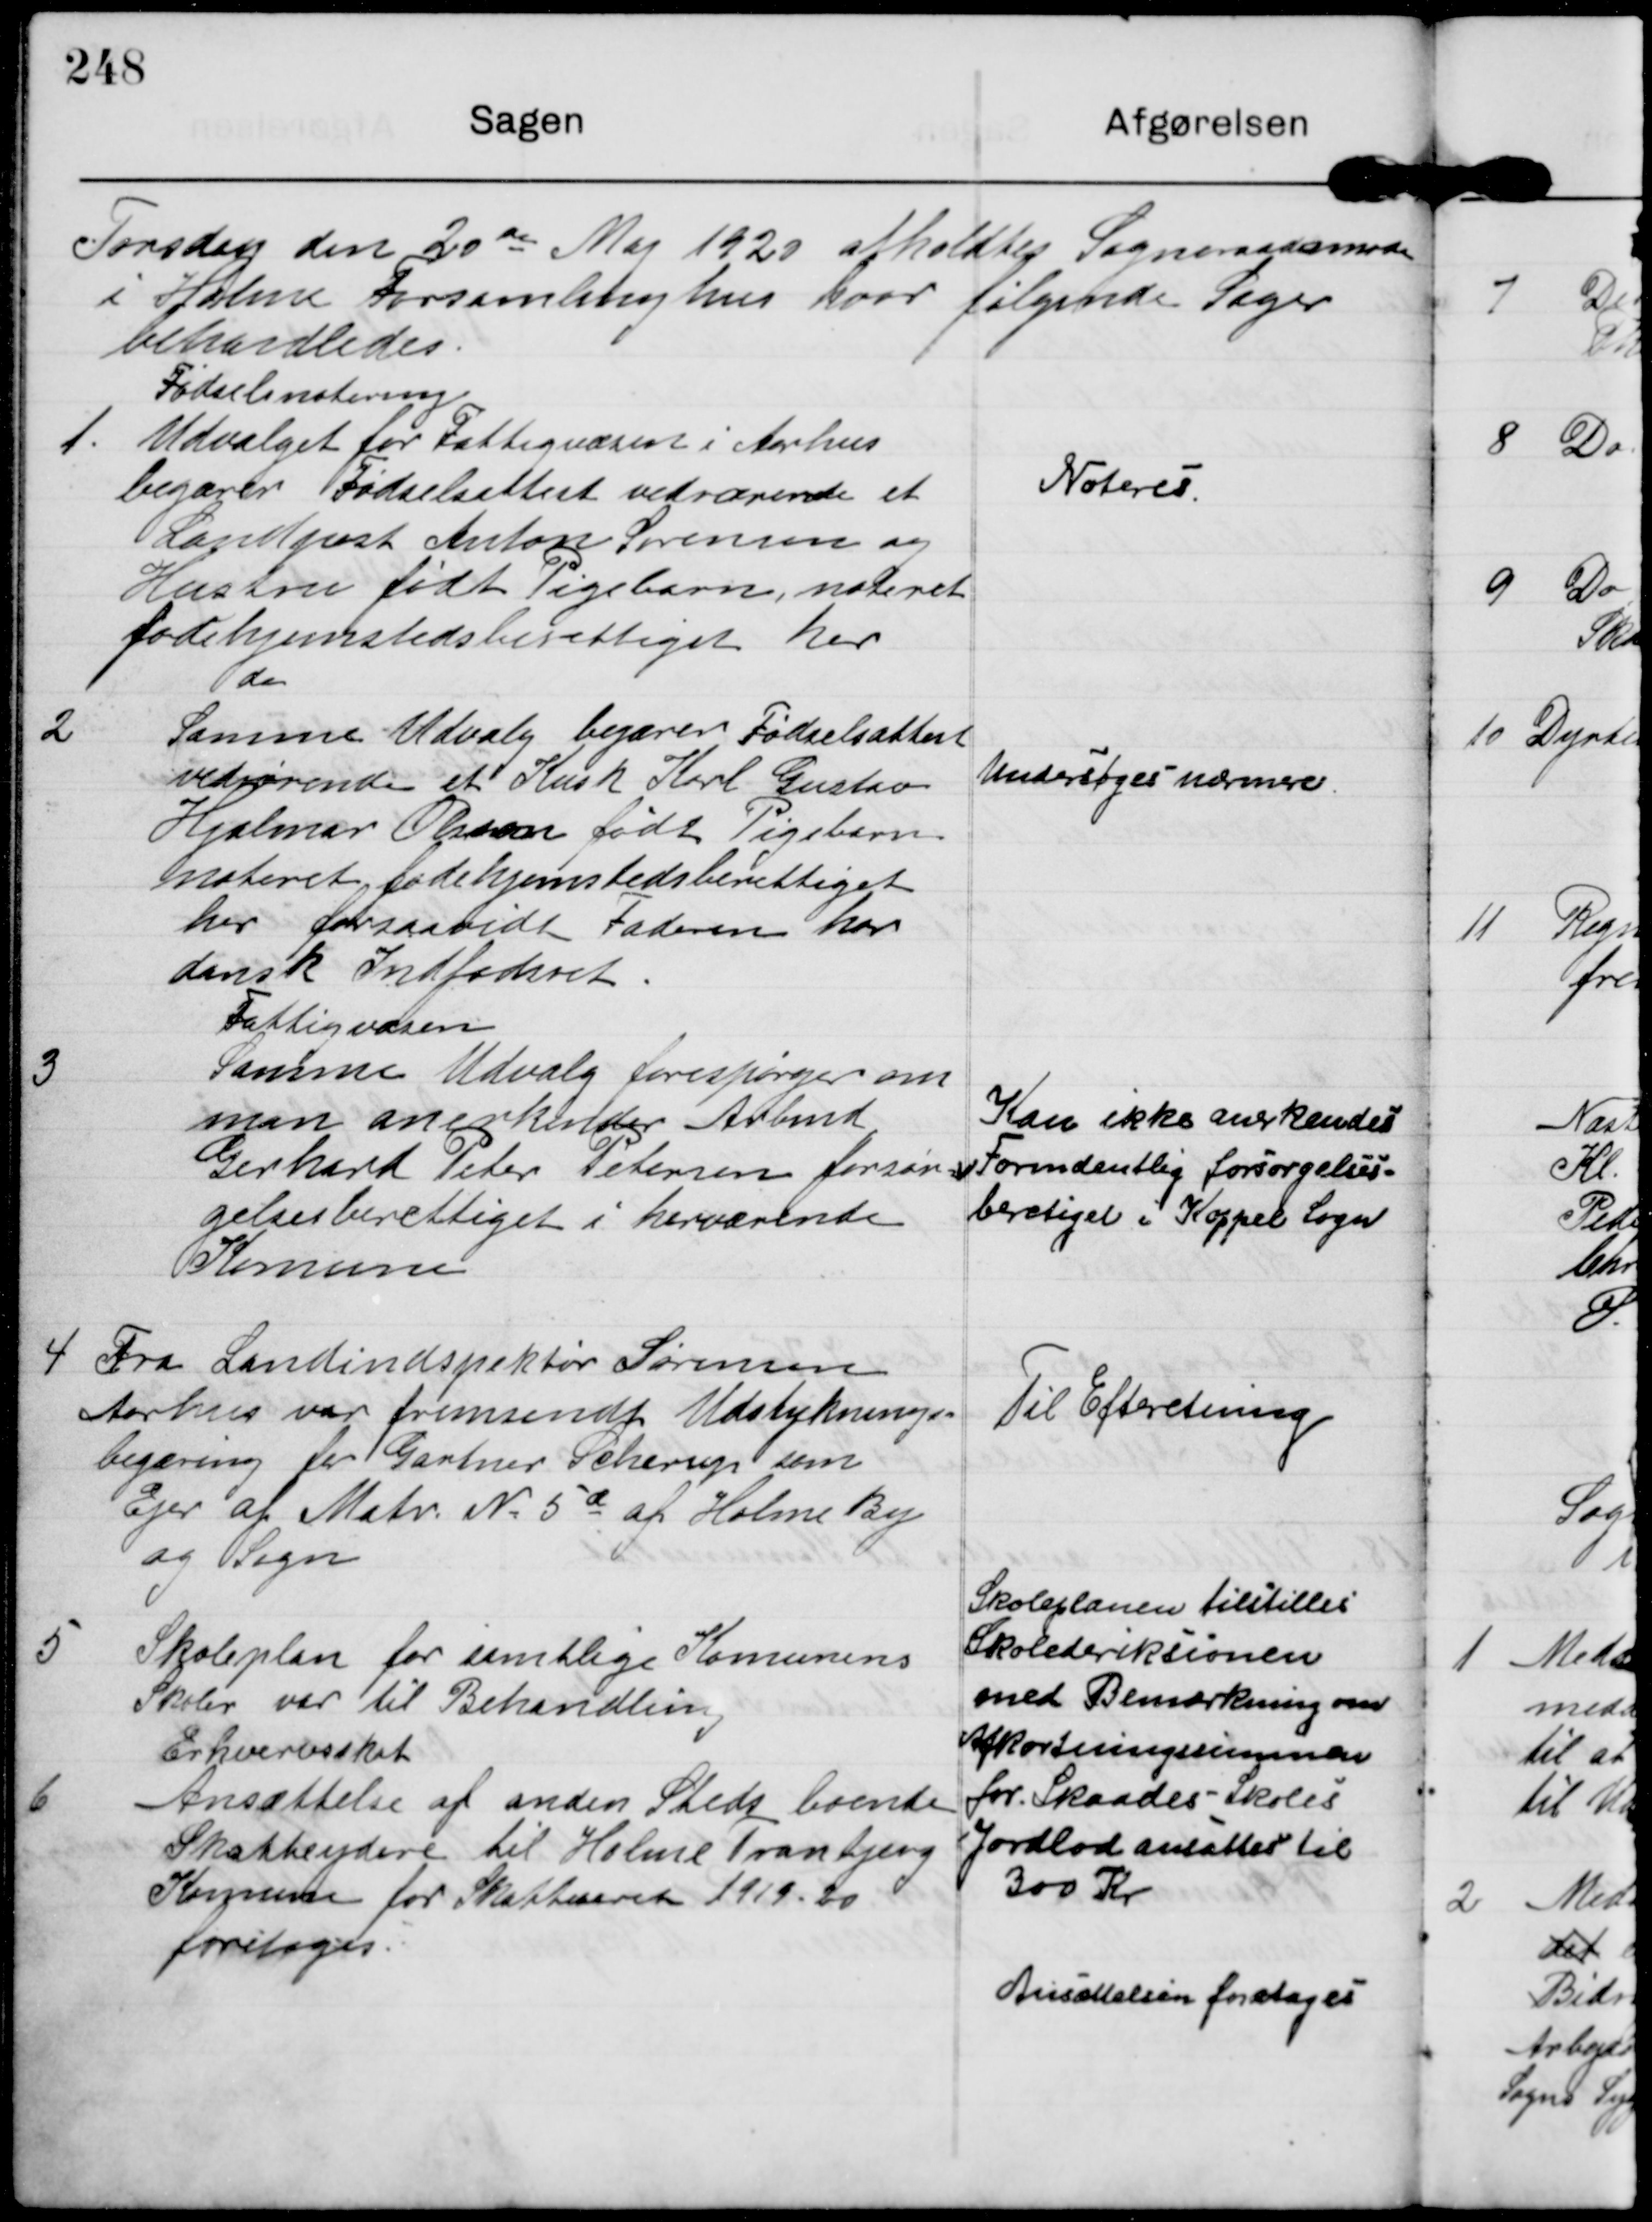
Transskription:
Torsdag den 20de Maj 1920 afholdtes Sogneraadsmøde
i Holme Forsamlinghus hvor følgende Sager
behandledes

1.

Fødselsnotering
Udvalget for Fattigvæsen i Aarhus
begærer Fødselsattest vedrørende et
Landpost Anton Sørensen og
Hustru født Pigebarn, noteret
fødehjemstedsberettiget her

Noteres.

2

do.
Samme Udvalg begærer Fødselsattest
vedrørende et Kusk Karl Gustav
Hjalmer Olsen Født Pigebarn
noteret fødehjemstedsberettiget
her forsaavidt Faderen har
dansk Indfødsret.

Undersøges nærmere

3

Fattigvæsen
Samme Udvalg forespørger om
man anerkender Arbmd
Gerhard Peter Petersen forsør-
gelsesberettiget i herværende
Komune

Kan ikke anerkendes
Formodentlig forsørgelses-
beretiget i Kappel Sogn

4

Fra Landindspektør Sørensen
Aarhus var fremsendt Udstyknings=
begæring for Gartner Scherup som
Ejer af Matr № 5d af Holme By
og Sogn

Til Efteretning.

5

Skoleplan for samtlige Komunens
Skoler var til Behandling

Skoleplanen tilstilles
Skolederiksionen
med Bemærkning om
Afkortningssummen
for Skaades Skoles
Jordlod ansættes til
300 Kr

6

Erhvervsskat
Ansættelse af anden Steds boende
Skatteydere til Holme Tranbjerg
Komune for Skattaaret 1919-20
foretoges.

Ansættelsen foretaget